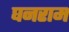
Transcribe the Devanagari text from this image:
घनराम